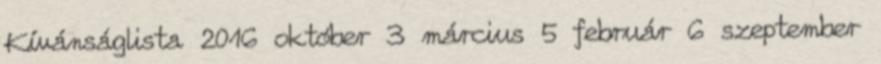
Kívánságlista 2016 október 3 március 5 február 6 szeptember